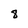
Character: 8